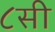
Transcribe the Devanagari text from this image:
८सी